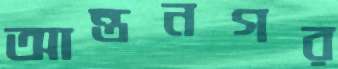
আন্তনগর